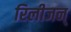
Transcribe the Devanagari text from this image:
रिलीजन्